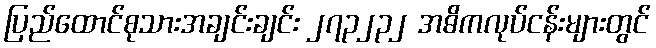
ပြည်ထောင်စုသားအချင်းချင်း ၂၇၃၂၃၂ အဓိကလုပ်ငန်းများတွင်